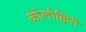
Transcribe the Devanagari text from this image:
कोलोक्विरी